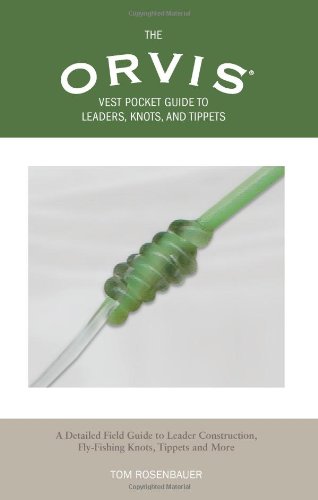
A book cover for Orvis Vest Pocket Guide to Leaders, Knots, and Tippets: A Detailed Field Guide To Leader Construction, Fly-Fishing Knots, Tippets And More; Tom Rosenbauer; Sports & Outdoors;